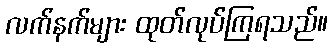
လက်နက်များ ထုတ်လုပ်ကြရသည်။